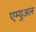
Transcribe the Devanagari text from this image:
एम्युअल